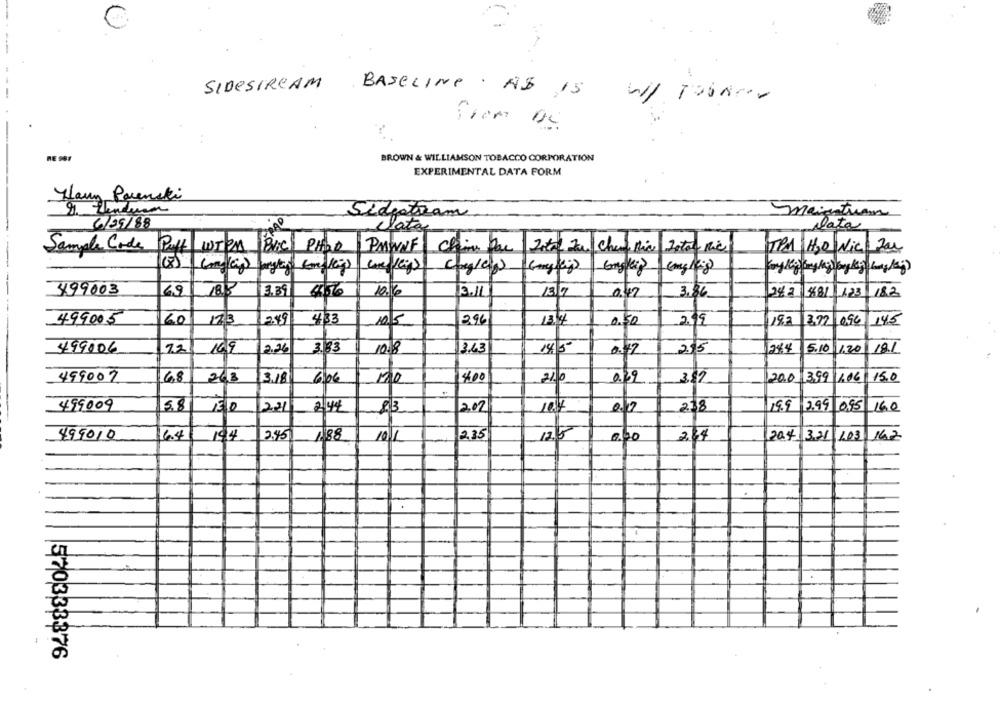
SIDESIRCAM
BASELINE . AS 15
w/ TOUker
from De
RE 981
BROWN & WILLIAMSON TOBACCO CORPORATION
EXPERIMENTAL DATA FORM
Hlavy Parenski
9. Tendura
Sidestream
meinatuan
6/05/88
Data
Data
Sample Code
Puff WIen BIC PHOR
PMWNF |Chain Pac |20to Zu cher this
TPA H2O Nic For
499003
69
3.39
4656
10.6
3.IL
13/7
0.47
3.86
282 881 123
182
49,9005
60
123
2.49
4133
105
2.96
13/4
0.50
2.19
19.3
14.5
3.72 096
499006
22
109
2.26
3.83
10.8
13.63
145
215
24.4 5.10
11.20
18.1
0.42
6,8
3.18
14.00
210
20.0 3,99 1.06
150
499007
268
6,06
3.87
58
221
19.9 2.99 0.95
16.0
499009
2:44
2.02
104
0.0
218
499010
64
194
2.45
1.88
10.1
235
12.8
2.64
204 321 103
162
.
.
570333376